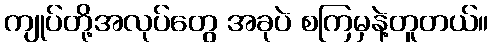
ကျုပ်တို့အလုပ်တွေ အခုပဲ စကြမှနဲ့တူတယ်။